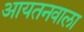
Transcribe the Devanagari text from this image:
आयतनवाला